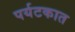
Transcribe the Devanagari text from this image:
पर्यटकात